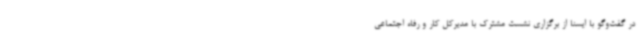
در گفت‌وگو با ایسنا از برگزاری نشست مشترک با مدیرکل کار و رفاه اجتماعی